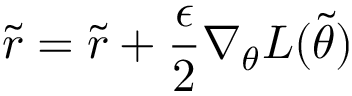
\Tilde { r } = \Tilde { r } + \frac { \epsilon } { 2 } \nabla _ { \theta } L ( \Tilde { \theta } )